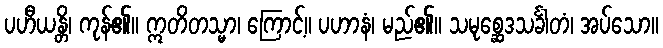
ပဟီယန္တိ၊ ကုန်၏။ ဣတိတသ္မာ၊ ကြောင့်။ ပဟာနံ၊ မည်၏။ သမုစ္ဆေဒသင်္ခါတံ၊ အပ်သော။